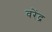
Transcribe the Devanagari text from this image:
वरेंद्र